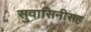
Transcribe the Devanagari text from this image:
सुवासिनीसह